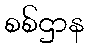
စစ်ဌာန